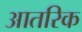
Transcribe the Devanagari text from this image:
आतरिक